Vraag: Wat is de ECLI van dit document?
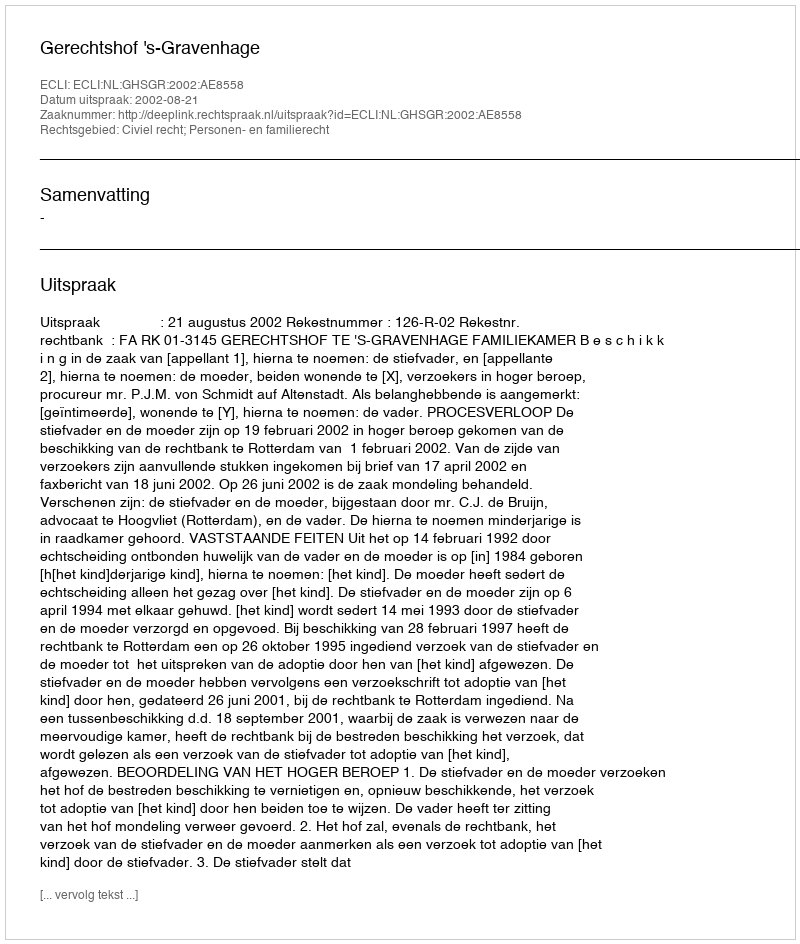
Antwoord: ECLI:NL:GHSGR:2002:AE8558